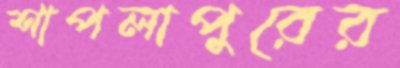
শাপলাপুরের